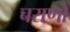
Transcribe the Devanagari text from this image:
चराणों